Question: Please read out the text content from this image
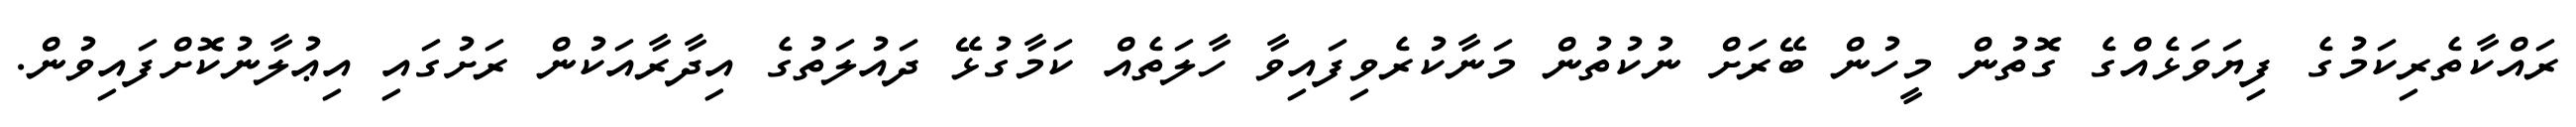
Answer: ރައްކާތެރިކަމުގެ ފިޔަވަޅެއްގެ ގޮތުން މީހުން ބޭރަށް ނުކުތުން މަނާކުރެވިފައިވާ ހާލަތެއް ކަމާގުޅޭ ދައުލަތުގެ އިދާރާއަކުން ރަށުގައި އިޢުލާނުކޮށްފައިވުން.